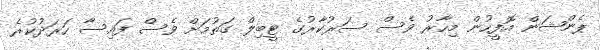
ޕެންޝަން އޮފީހުން މިހާރު ވެސް ސަރުކާރުގެ ޓީބިލް ގަތުމަށް ވެސް ފައިސާ ހަރަދުކުރެ